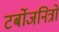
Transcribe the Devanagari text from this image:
टर्बोजनित्रों